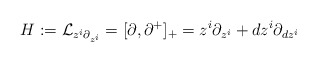
\begin{align*}H:= {\cal L}_{z^i \partial_{z^i}}=[\partial,\partial^+]_+=z^i \partial_{z^i}+dz^i\partial_{dz^i}\end{align*}